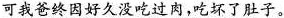
可我爸终因好久没吃过肉，吃坏了肚子。